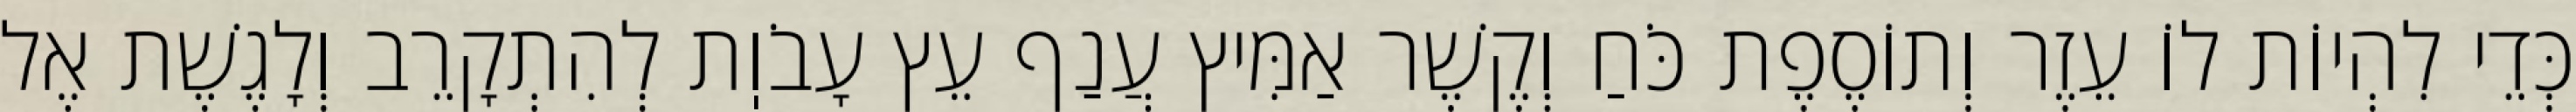
כְּדֵי לִהְיוֹת לוֹ עֵזֶר וְתוֹסֶפֶת כֹּחַ וְקֶשֶׁר אַמִּיץ עֲנַף עֵץ עָבֹוֽת לְהִתְקָרֵב וְלָגֶשֶׁת אֶל